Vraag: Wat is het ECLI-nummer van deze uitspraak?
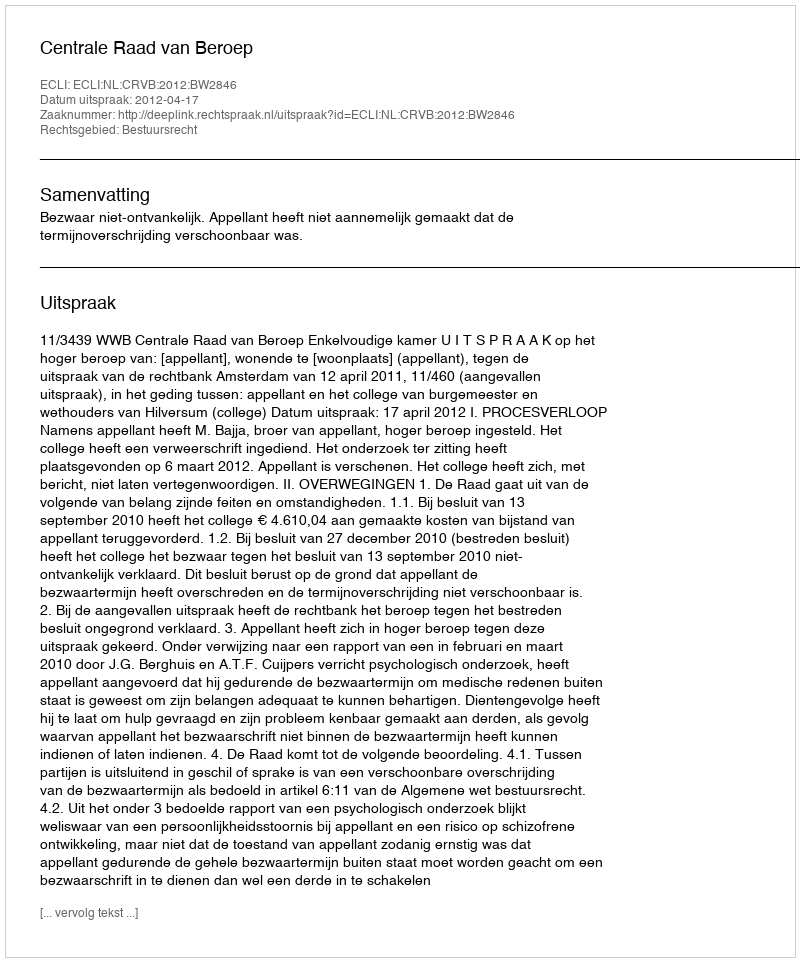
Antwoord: ECLI:NL:CRVB:2012:BW2846